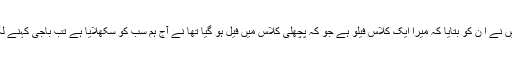
تو میں نے ا ن کو بتایا کہ میرا ایک کلاس فیلو ہے جو کہ پچھلی کلاس میں فیل ہو گیا تھا نے آج ہم سب کو سکھلایا ہے تب باجی کہنے لگیں ۔